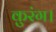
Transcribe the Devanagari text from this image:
कुरंग।